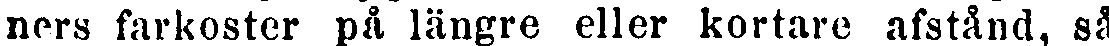
ners farkoster på längre eller kortare afstånd, så